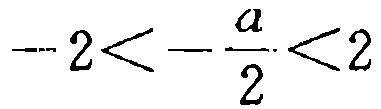
\(-2<-\frac{a}{2}<2\)